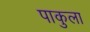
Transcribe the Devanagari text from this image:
पाकुला